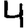
Digit: 4